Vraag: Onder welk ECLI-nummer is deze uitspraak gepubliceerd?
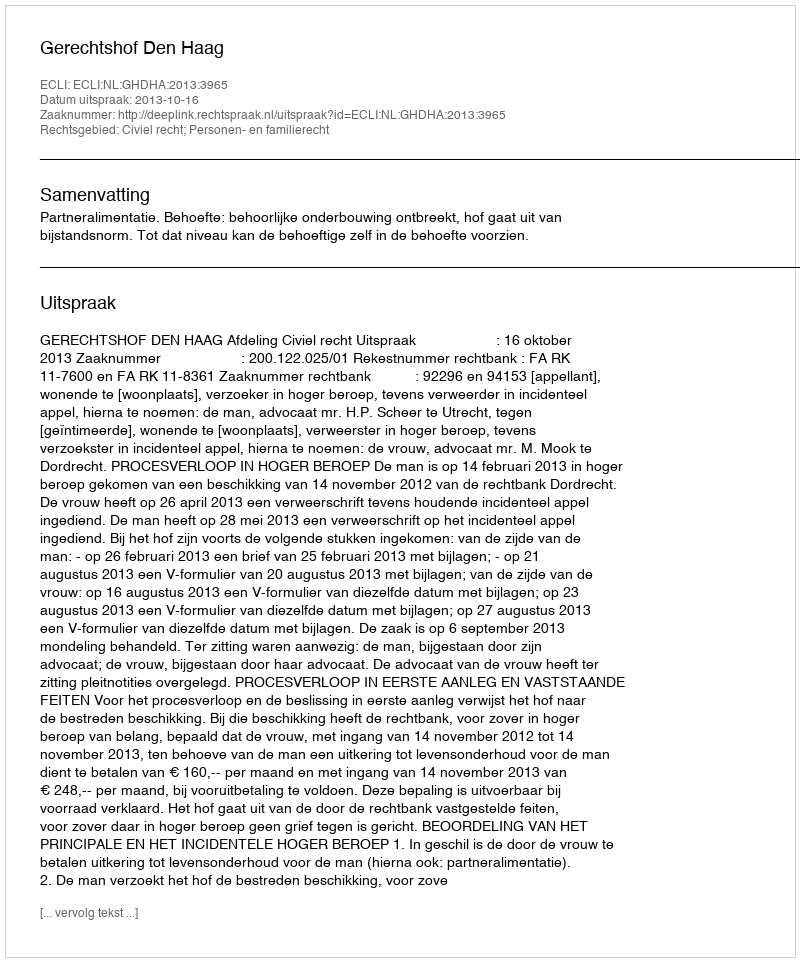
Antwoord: ECLI:NL:GHDHA:2013:3965